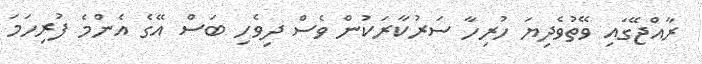
ރާއްޖޭގައި ވޭތުވެދިޔަ ހުރިހާ ސަރުކާރަކުން ވެސް ދިވެހި ބަސް އޭގެ އެންމެ ފުރިހަމަ